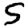
Digit: 5